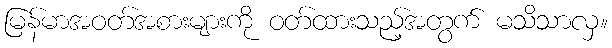
မြန်မာအဝတ်အစားများကို ဝတ်ထားသည့်အတွက် မသိသာလှ။